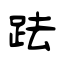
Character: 䟩